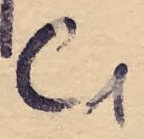
Text: C1